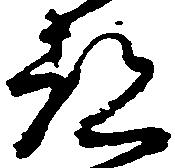
都